Scientific memoirs by medical officers of the Army of India - Part V,
Year: 1890
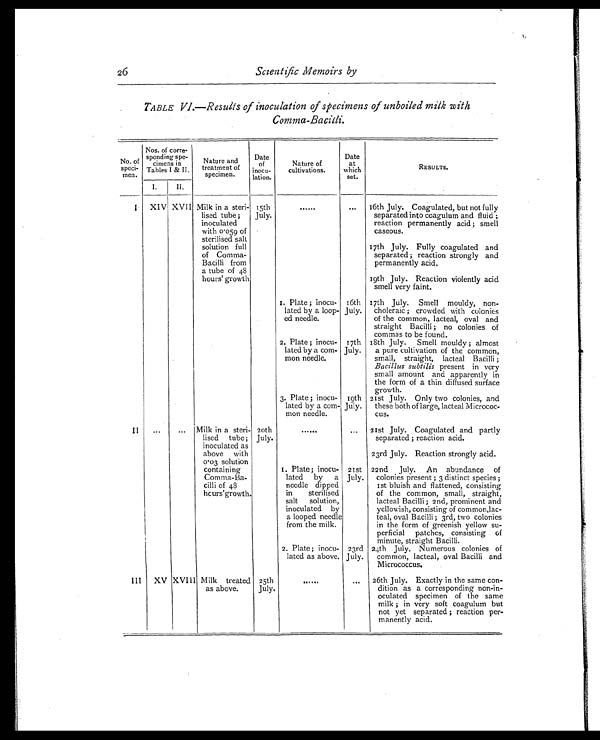
26
Scientific Memoirs by
TABLE VI.—Results of inoculation of specimens of unboiled milk with
Comma-Bacilli.
No. of
speci- men.
Nos. of corre-
sponding spe-
cimens in
Tables I & II.
Nature and
treatment of
specimen.
Date
of
inocu-
lation.
Nature of
cultivations.
Date
at
which
set.
RESULTS.
I.
II.
I
XIV XVII Milk in a steri-
lised tube ;
inoculated
with 0.059 of
sterilised salt
solution full
of Comma-
Bacilli from
a tube of 48
hours' growth
15th
July.
......
. . . 16th July. Coagulated, but not fully
separated into coagulum and fluid ;
reaction permanently acid ; smell
caseous.
17th July. Fully coagulated and
separated ; reaction strongly and
permanently acid.
19th July. Reaction violently acid
smell very faint.
1. Plate ; inocu-
lated by a loop-
ed needle.
16th
July.
17th July. Smell mouldy, non-
choleraic ; crowded with colonies
of the common, lacteal, oval and
straight Bacilli ; no colonies of
commas to be found.
2. Plate ; inocu-
lated by a com-
mon needle.
17th
July.
18th July. Smell mouldy ; almost
a pure cultivation of the common,
small, straight, lacteal Bacilli ;
Bacillus subtilis present in very
small amount and apparently in
the form of a thin diffused surface
growth.
3. Plate ; inocu-
lated by a com-
mon needle.
19th
July.
21st July. Only two colonies, and
these both of large, lacteal Micrococ-
cus.
I I . . .
... Milk in a steri-
lised tube;
inoculated as
above with
0.03 solution
containing
Comma-Ba-
cilli of 48
hours' growth.
20th
July.
......
... 21st July. Coagulated and partly
separated ; reaction acid.
23rd July. Reaction strongly acid.
1. Plate ; inocu-
lated by a
needle dipped
in sterilised
salt solution,
inoculated by
a looped needle
from the milk.
21st
July.
22nd July. An abundance of
colonies present ; 3 distinct species ;
1st bluish and flattened, consisting
of the common, small, straight,
lacteal Bacilli ; 2nd, prominent and
yellowish, consisting of common, lac-
teal, oval Bacilli ; 3rd, two colonies
in the form of greenish yellow su-
perficial patches, consisting of
minute, straight Bacilli.
2. Plate ; inocu-
lated as above.
23rd
July.
24th July. Numerous colonies of
common, lacteal, oval Bacilli and
Micrococcus.
III XV XVIII Milk treated
as above.
25th
July.
......
... 26th July. Exactly in the same con-
dition as a corresponding non-in-
oculated specimen of the same
milk ; in very soft coagulum but
not yet separated ; reaction per-
manently acid.